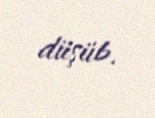
düşüb.